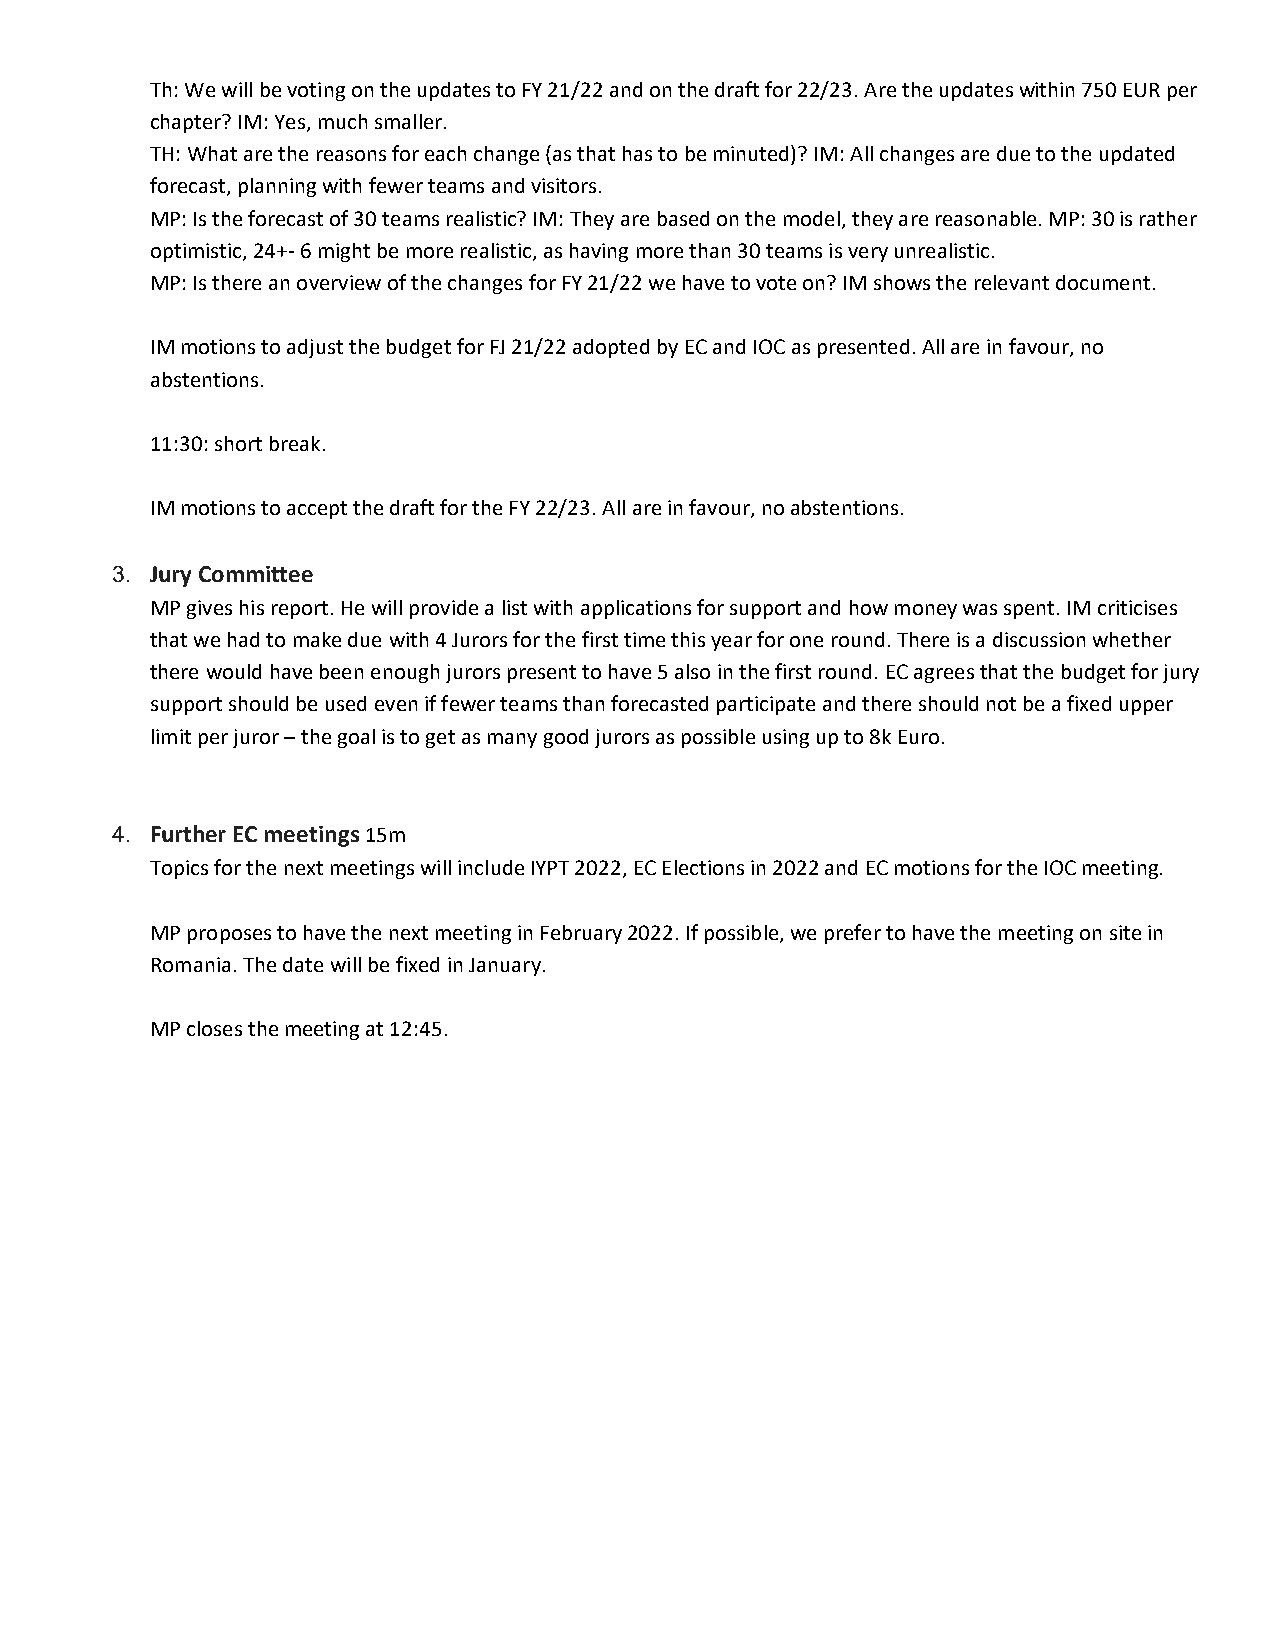
Th: We will be voting on the updates to FY 21/22 and on the draft for 22/23. Are the updates within 750 EUR per
 chapter? IM: Yes, much smaller.
 TH: What are the reasons for each change (as that has to be minuted)? IM: All changes are due to the updated
 forecast, planning with fewer teams and visitors.
 MP: Is the forecast of 30 teams realistic? IM: They are based on the model, they are reasonable. MP: 30 is rather
 optimistic, 24+- 6 might be more realistic, as having more than 30 teams is very unrealistic.
 MP: Is there an overview of the changes for FY 21/22 we have to vote on? IM shows the relevant document.
 IM motions to adjust the budget for FJ 21/22 adopted by EC and IOC as presented. All are in favour, no
 abstentions.
 11:30: short break.
 IM motions to accept the draft for the FY 22/23. All are in favour, no abstentions.
 3. Jury Committee
 MP gives his report. He will provide a list with applications for support and how money was spent. IM criticises
 that we had to make due with 4 Jurors for the first time this year for one round. There is a discussion whether
 there would have been enough jurors present to have 5 also in the first round. EC agrees that the budget for jury
 support should be used even if fewer teams than forecasted participate and there should not be a fixed upper
 limit per juror – the goal is to get as many good jurors as possible using up to 8k Euro.
 4. Further EC meetings 15m
 Topics for the next meetings will include IYPT 2022, EC Elections in 2022 and EC motions for the IOC meeting.
 MP proposes to have the next meeting in February 2022. If possible, we prefer to have the meeting on site in
 Romania. The date will be fixed in January.
 MP closes the meeting at 12:45.